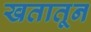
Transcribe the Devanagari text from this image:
खतातून